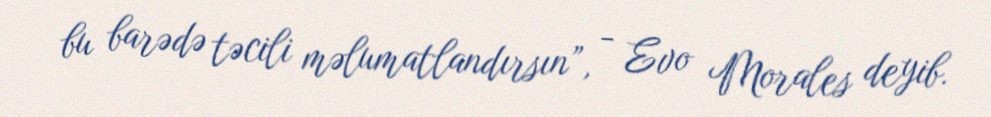
bu barədə təcili məlumatlandırsın”, - Evo Morales deyib.